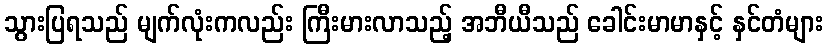
သွားပြရသည် မျက်လုံးကလည်း ကြီးမားလာသည့် အဘီယီသည် ခေါင်းမာမာနှင့် နှင်တံများ